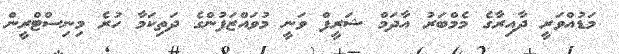
މަޑުއްވަރީ ދާއިރާގެ މެމްބަރު އާދަމް ޝަރީފް ވަނީ މުވައްޒަފުންގެ ދަތިކަމާ ހުރެ މިނިސްޓްރީން